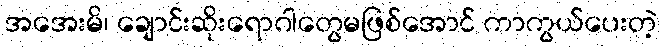
အအေးမိ၊ ချောင်းဆိုးရောဂါတွေမဖြစ်အောင် ကာကွယ်ပေးတဲ့